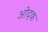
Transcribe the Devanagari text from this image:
ओदक